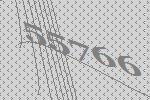
55766